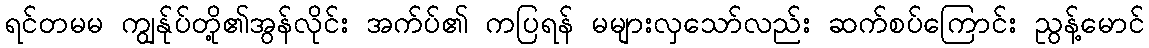
ရင်တမမ ကျွန်ုပ်တို့၏အွန်လိုင်း အက်ပ်၏ ကပြရန် မများလှသော်လည်း ဆက်စပ်ကြောင်း ညွန့်မောင်